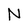
Character: N